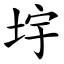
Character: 㘾